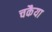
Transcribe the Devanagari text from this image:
चकैया